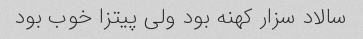
سالاد سزار کهنه‌ بود ولی پیتزا خوب بود